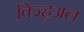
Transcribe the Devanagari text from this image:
विज्हुअल